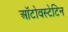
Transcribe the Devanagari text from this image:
ऑटोवस्टेटिन